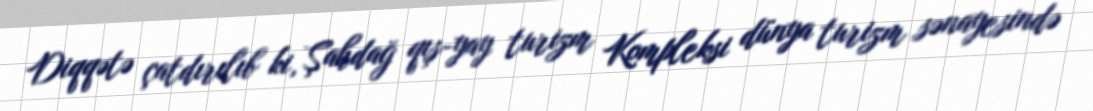
Diqqətə çatdırılıb ki, Şahdağ qış-yay turizm Kompleksi dünya turizm sənayesində